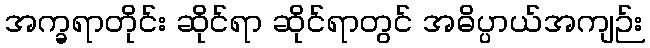
အက္ခရာတိုင်း ဆိုင်ရာ ဆိုင်ရာတွင် အဓိပ္ပာယ်အကျဉ်း